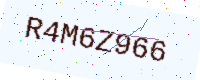
Text: R4M6Z966